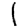
Digit: 1